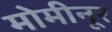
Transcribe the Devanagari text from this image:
मोमीनूर